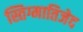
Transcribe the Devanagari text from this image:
स्तिग्मातिजेद